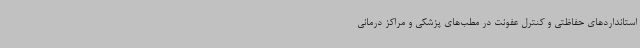
استانداردهای حفاظتی و کنترل عفونت در مطب‌های پزشکی و مراکز درمانی